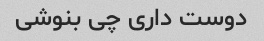
دوست داری چی بنوشی